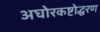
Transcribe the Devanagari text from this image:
अघोरकष्टोद्धरण